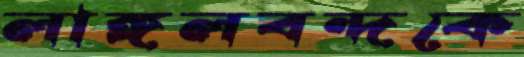
লাঙ্গলবন্দকে